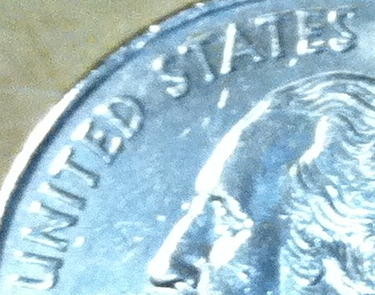
UNITED STATES